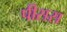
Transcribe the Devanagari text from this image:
पीसस